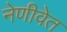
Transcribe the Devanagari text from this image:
नेणीवेत